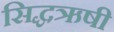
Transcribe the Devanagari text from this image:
सिद्धऋषी